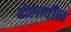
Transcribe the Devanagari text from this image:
बोलावीन